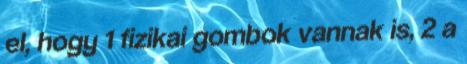
el, hogy 1 fizikai gombok vannak is, 2 a